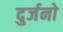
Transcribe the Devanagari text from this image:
दुर्जनो